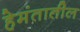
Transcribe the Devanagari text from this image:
हेमंतातील